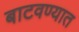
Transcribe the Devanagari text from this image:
बाटवण्यात